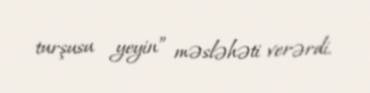
turşusu yeyin” məsləhəti verərdi.